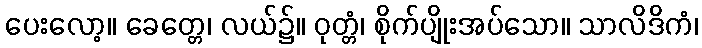
ပေးလော့။ ခေတ္တေ၊ လယ်၌။ ဝုတ္တံ၊ စိုက်ပျိုးအပ်သော။ သာလိဒိကံ၊